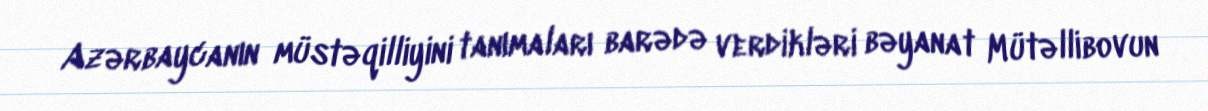
Azərbaycanın müstəqilliyini tanımaları barədə verdikləri bəyanat Mütəllibovun